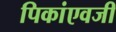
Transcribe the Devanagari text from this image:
पिकांएवजी